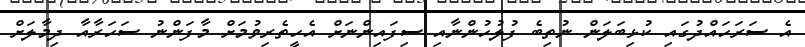
އެ ސަރަަހައްދުގައި ކުޅިބަލަން ނުތިބެ ފުލުހުންނާއި ސިފައިންނަށް އެހީތެރިވުމަށް މާފަންނު ސަހަރާއާ ދިމާލަށް